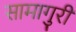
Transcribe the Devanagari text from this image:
सामागुरी